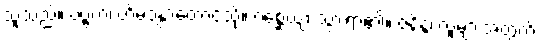
သူသည်။ ပဗ္ဗတံ၊ ဟိမဝန္တာတောင်သို့။ ဂစ္ဆေယျ၊ သွားရာ၏။ ဇနိန္ဒ၊ လူများအတွက်